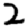
Digit: 2